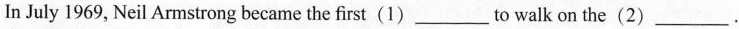
In July 1969, Neil Armstrong becamethe first(1)___to walk on the(2) ___.